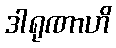
ဒါရုဏာဟိ